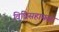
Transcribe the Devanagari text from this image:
विधिसहायता